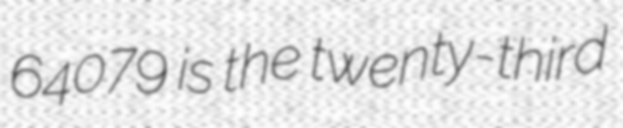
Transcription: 64079 is the twenty-third